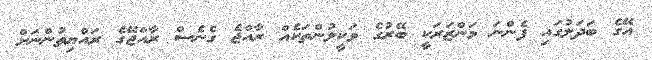
އޭގެ ބަދަލުގައި ފެންނަ މަންޒަރަކީ ބޭރުގެ ވަކީލުންތަކެއް ރާއްޖެ ގެނެސް ރާއްޖޭގެ ރައްޔިތުންނަށް